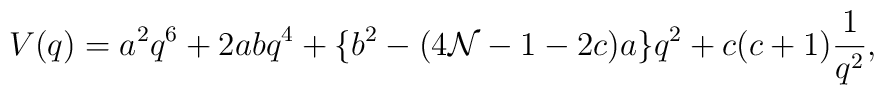
V(q) = a^2 q^6 + 2 a b q^4 +\{ b^2 - (4 {\cal N}-1-2 c)a \}q^2 + c(c+1)\frac{1}{q^2},